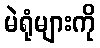
မဲရုံများကို